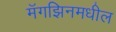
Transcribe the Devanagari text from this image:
मॅगझिनमधील